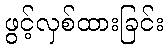
ဖွင့်လှစ်ထားခြင်း